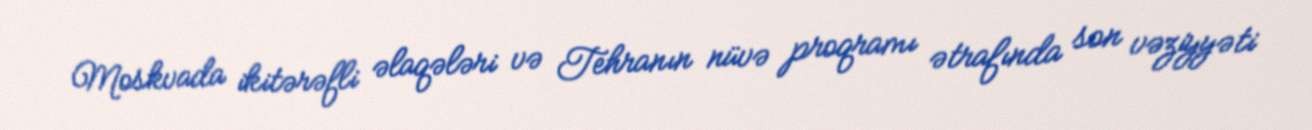
Moskvada ikitərəfli əlaqələri və Tehranın nüvə proqramı ətrafında son vəziyyəti